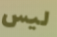
ليس